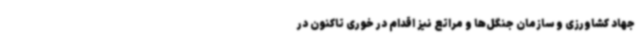
جهاد کشاورزی و سازمان جنگل‌ها و مراتع نیز اقدام در خوری تاکنون در